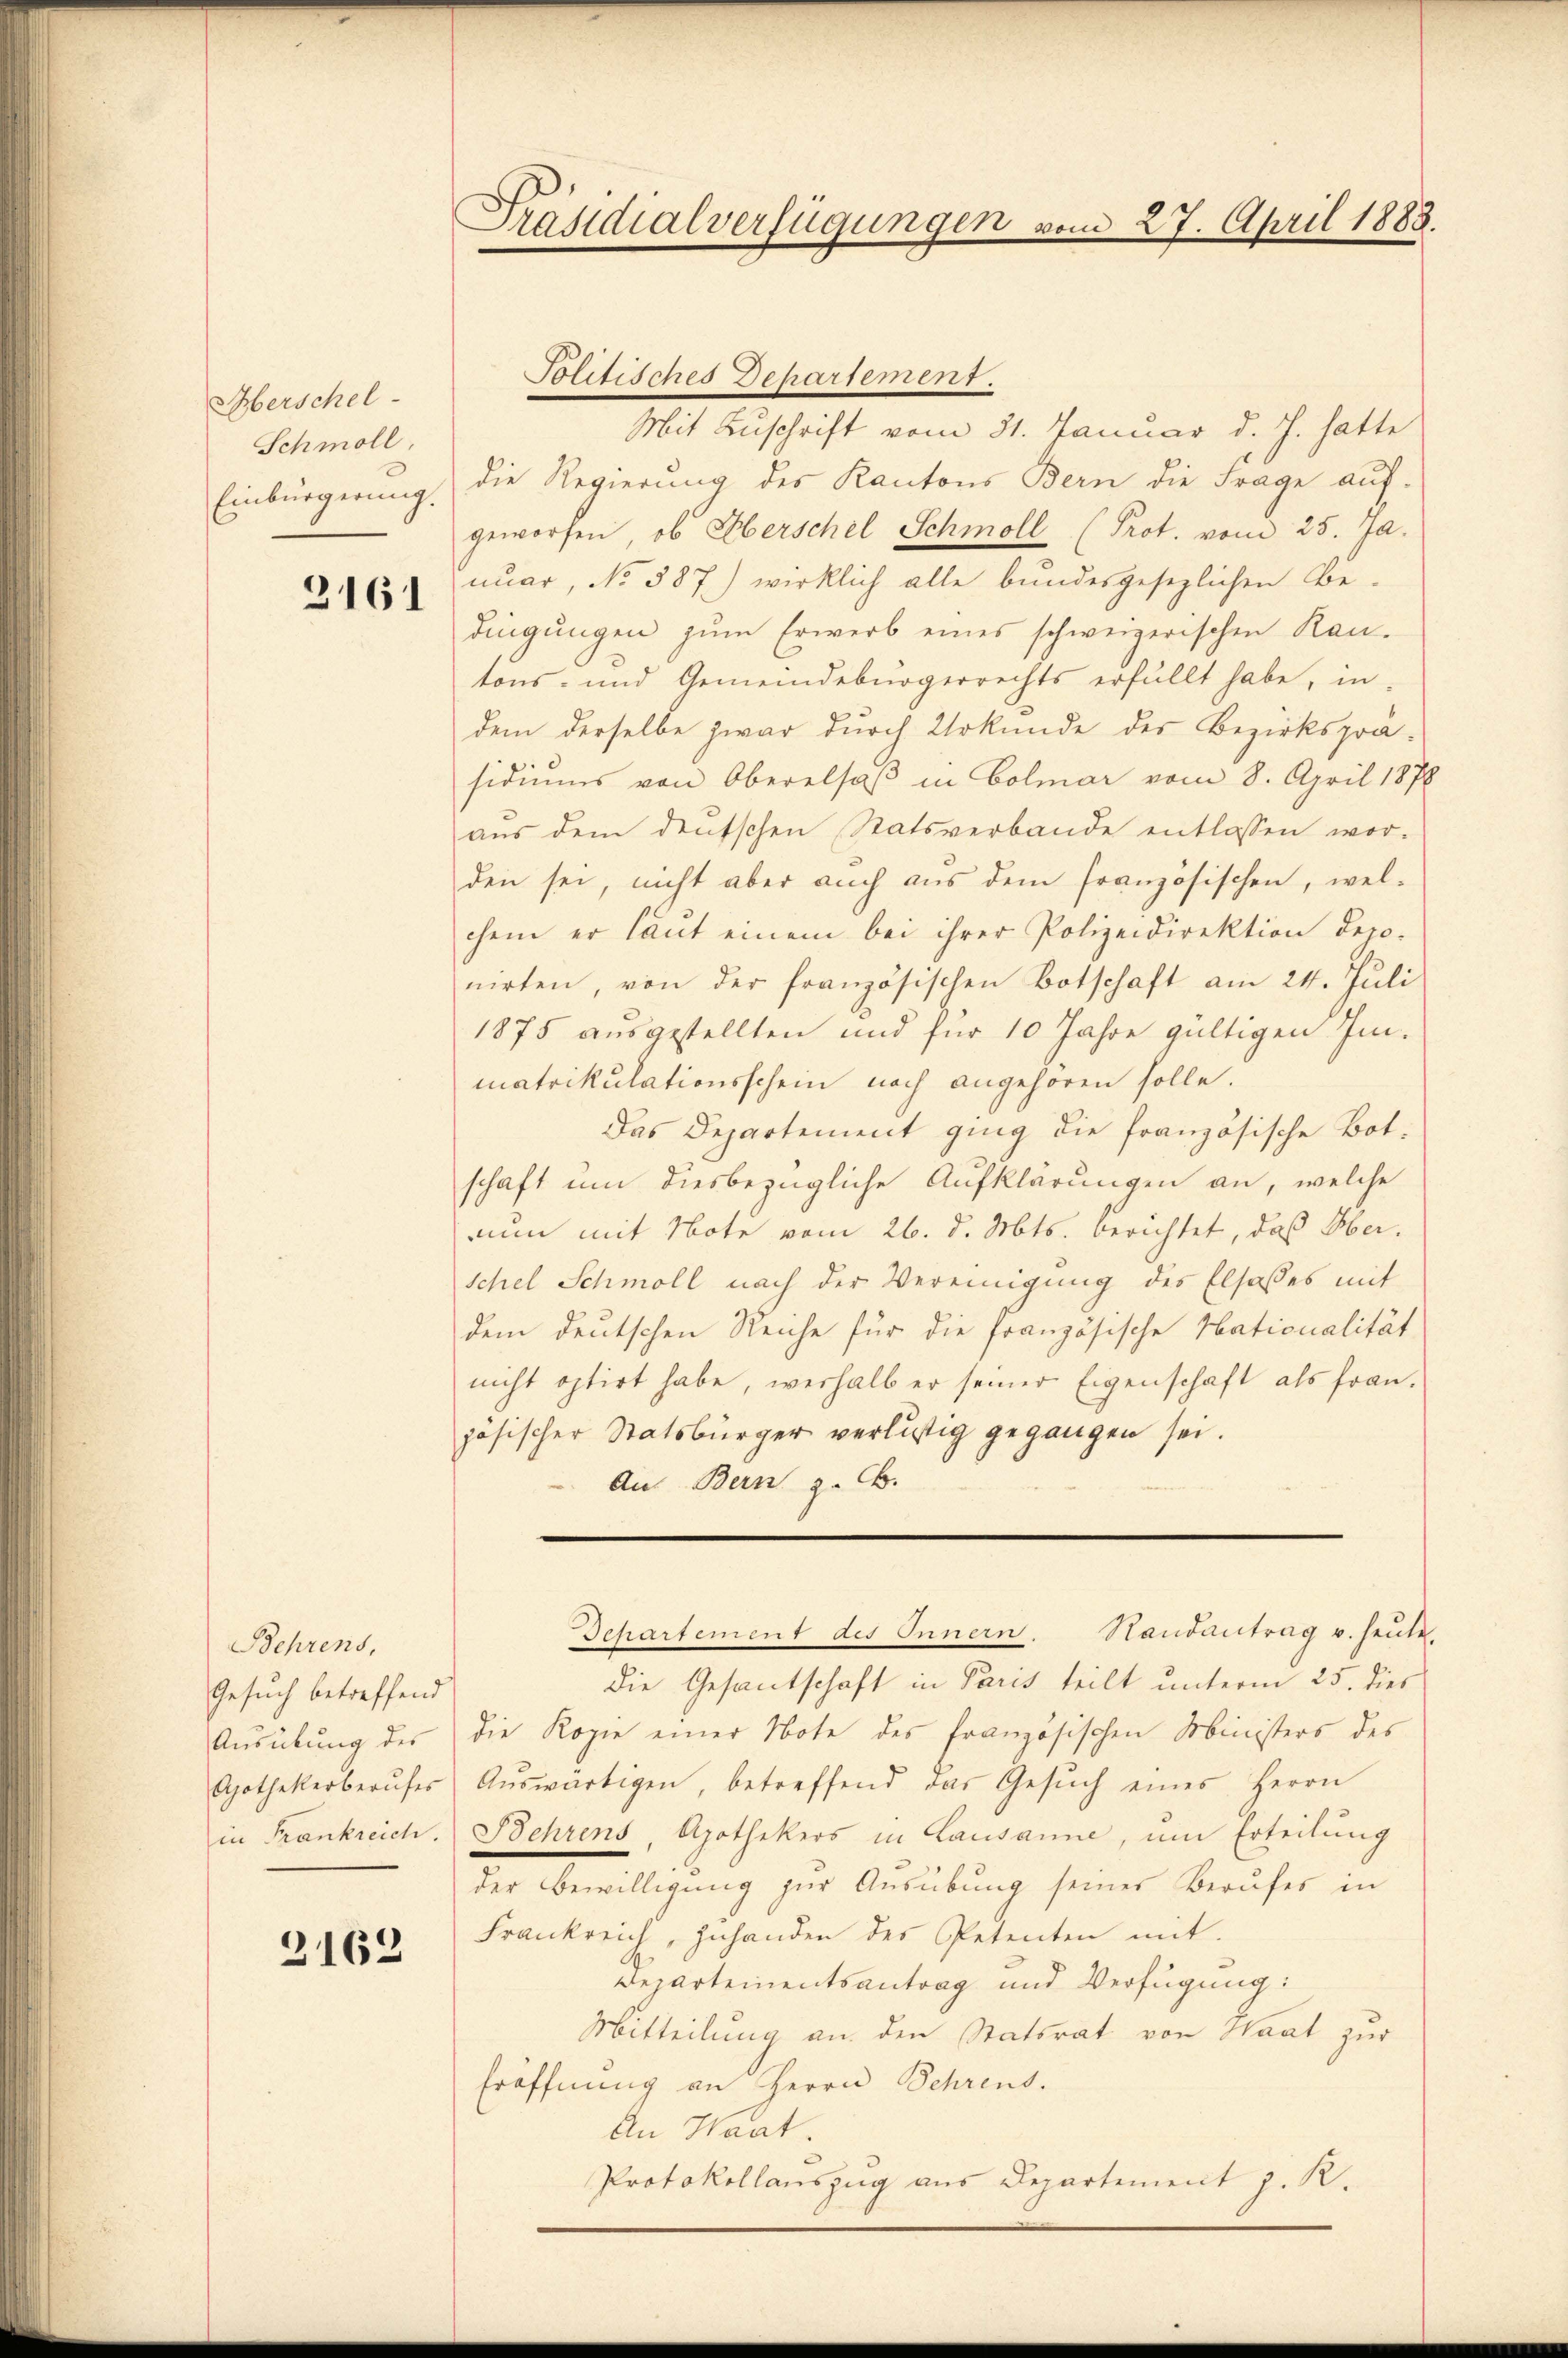
Oberschel
Schmoll.

2161

Behrens,
Gesuch betreffend
Ausübung des

3162

Politisches Departement.
Mit Zuschrift vom 31. Januar d. J. hatte
Einbürgerung die Regierŭng des Kantons Bern die Frage aŭf-
geworfen, ob Oberschel Schmoll (Prot. vom 25. Ja.
nuar, No 587) wirklich alle bundesgesezlichen Be-
dingungen zŭm Erwerb eines schweizerischen Kan-
tons- und Gemeindebürgerrechts erfüllt habe, in
dem derselbe zwar durch Urkunde des Bezirksprä-
sidiŭms von Oberelsaβ in Colmar vom 8. April 1878
aŭs dem deŭtschen Statsverbande entlassen wor-
den sei, nicht aber auch aŭs dem französischen, wel-
chem er laut einem bei ihrer Polizeidirektion depo-
nirten, von der französischen Botschaft am 24. Juli
1875 ausgestellten und für 10 Jahre gültigen Im-
matrikulationsschein nach angehören solle.
Das Departement ging die französische Bot.
schaft um diesbezügliche Aufklärungen an, welche
nun mit Note vom 26. d. Mts. berichtet, daß Herschel Schmoll nach der Vereinigung des Elsaßes mit
dem deutschen Reiche für die französische Hationalität
nicht optirt habe, weshalb er seiner Eigenschaft als fran-
zösischer Statsbürger verlustig gegangen sei.
Aus Bern z. B.

Präsidialverfügungen vom 27. April 1883.

die Gesantschaft in Paris teilt unterm 25. dies
die Kopie einer Note des französischen Ministers des
Apothekerberŭfer Aŭswärtigen, betreffend das Gesŭch eines Herrn
in Frankreich. Behrens, Apothekers in Lausanne, um Erteilung
der Bewilligung zur Ausübung seiner Berufes in
Frankreich, Inhanden der Petenten mit
Departementsantrag und Verfügung:
Mitteilung an den Statsrat von Haat zur
Eröffnung an Herrn Schrend.
An Haat.
Protokollauszug aus Departement z. R.

Departement des Innern. Randantrag u. heute.